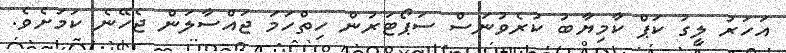
އަހަރު ލީގު ކަޕް ކާމިޔާބު ކުރެވުނަސް ސަޕޯޓަރުން ހިތްހަމަ ޖައްސާލަން ޖެހޭނެ ކަމަށެވެ.